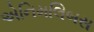
એનિમલિબસ